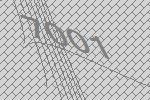
7001